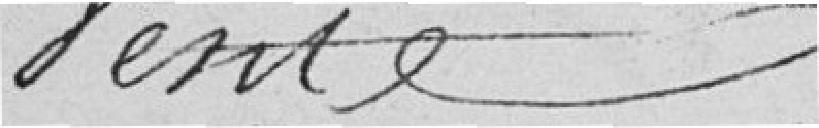
Vente